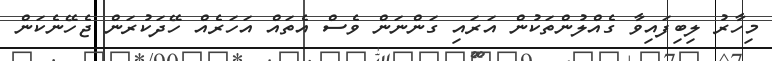
މިހާރު ލިބިފައިވާ ގެއްލުންތަކުން އަރައި ގަންނަން ވެސް އެތައް އަހަރެއް ހޭދަކުރަން ޖެހޭނެކަން